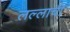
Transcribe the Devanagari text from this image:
लल्लाची